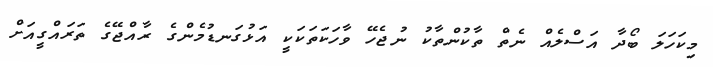
މިކަހަލަ ބޯދާ އަސްލެއް ނެތް ތާކުންތާކު ނުޖެހޭ ވާހަކަތަކަކީ އަޅުގަނޑުމެންގެ ރާއްޖޭގެ ތަރައްގީއަށް